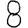
Digit: 8